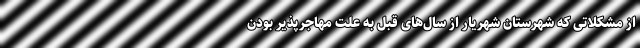
از مشکلاتی که شهرستان شهریار از سال‌های قبل به علت مهاجرپذیر بودن